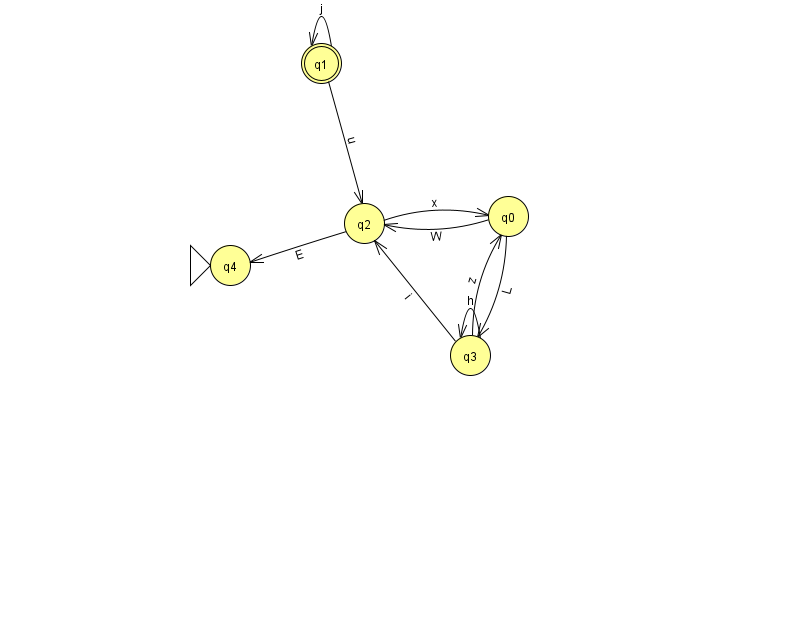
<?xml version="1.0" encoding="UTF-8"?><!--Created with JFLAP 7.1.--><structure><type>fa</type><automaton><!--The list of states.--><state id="0" name="q0"><x>508.0</x><y>203.0</y></state><state id="1" name="q1"><x>321.0</x><y>50.0</y><final/></state><state id="2" name="q2"><x>364.0</x><y>210.0</y></state><state id="3" name="q3"><x>470.0</x><y>342.0</y></state><state id="4" name="q4"><x>230.0</x><y>252.0</y><initial/></state><!--The list of transitions.--><transition><from>2</from><to>0</to><read>x</read></transition><transition><from>2</from><to>4</to><read>E</read></transition><transition><from>3</from><to>2</to><read>i</read></transition><transition><from>1</from><to>2</to><read>u</read></transition><transition><from>3</from><to>3</to><read>h</read></transition><transition><from>1</from><to>1</to><read>j</read></transition><transition><from>0</from><to>2</to><read>W</read></transition><transition><from>3</from><to>0</to><read>z</read></transition><transition><from>0</from><to>3</to><read>L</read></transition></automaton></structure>